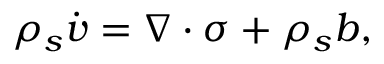
\rho _ { s } \dot { \boldsymbol { v } } = \nabla \cdot \boldsymbol { \sigma } + \rho _ { s } \boldsymbol { b } ,